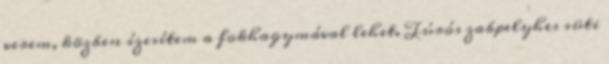
verem, közben ízesítem a fokhagymával lehet. Túrós zabpelyhes süti